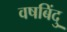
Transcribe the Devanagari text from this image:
वषबिंदु